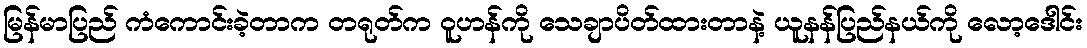
မြန်မာပြည် ကံကောင်းခဲ့တာက တရုတ်က ဝူဟန်ကို သေချာပိတ်ထားတာနဲ့ ယူနန်ပြည်နယ်ကို လော့ဒေါင်း